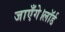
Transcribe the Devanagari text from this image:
जाएँगे।लॉर्ड